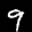
Label: 9